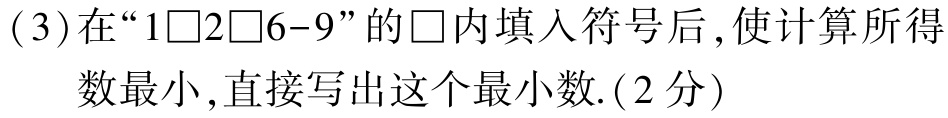
(3)在“$1\square2\square6 - 9$”的$\square$内填入符号后,使计算所得数最小,直接写出这个最小数.(2分)